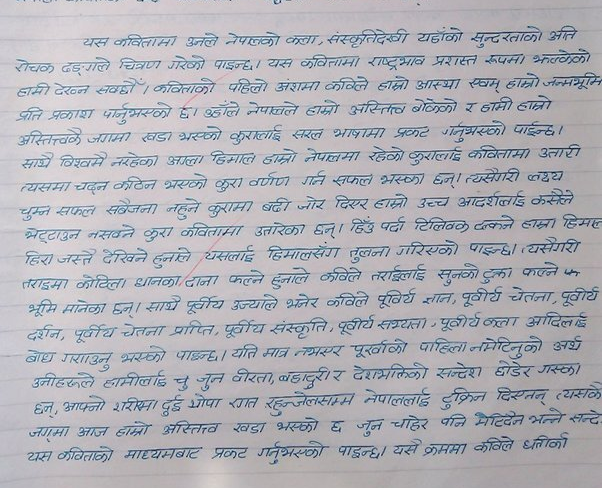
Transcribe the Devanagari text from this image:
यस कवितामा उनले नेपालको कला, संस्कृतिदेखी यहाँको सुन्दरताको अति
रोचक ढङ्‌गले चित्रण गरेको पाइन्छ । यस कवितामा राष्ट्रभाव प्रशस्त रूपमा झल्केको
हामी देख्न सक्छौं। कविताको पहिलो अंशमा कविले हाम्रो आस्था एवम् हाम्रो जन्मभूमि
प्रति प्रकाश पार्नुभएको छ। उहाँले नेपालले हाम्रो अस्तित्व बोकेको र हामी हाम्रो
अस्तित्वतके जगमा खडा भएको कुरालाई सरल भाषामा प्रकट गर्नुभएको पाईन्छ ।
साथै विश्वमै नरहेका आला हिमाल हाम्रो नेपालमा रहेको कुरालाई कवितामा उतारी
त्यसमा चढ्‌न कठिन भएको कुरा वर्णण गर्न सफल भएका छन्। त्यसैगरी लक्ष्य
चुम्न सफल सबैजना नहुने कुरामा बढी जोर दिएर हाम्रो उच्च आदर्शर्लाई कसैले
भेट्‌टाउन नसक्ने कुरा कवितामा उतारेका छन्। हिँउ पर्दा टिलिवक टल्कने हाम्रा हिमाल
हिरा जस्तै देखिने हुनाले यसलाई हिमालसँग तुलना गरिएको पाइन्छ। यसैगरी
तराइमा कोटिला धानका दाना फल्ने हुनाले कविले तराईलाई सुनको टुक्ता फल्ने फ
भूमि मानेका छन् । साथै पूर्वीय उज्याले भनेर कविले पूविर्य ज्ञान, पूवीर्य चेतना, पूवीर्य
दर्शन, पूर्वीय चेतना प्राप्ति, पूर्वीय संस्कृति, पूवीर्य सभ्यता, पूवीर्य कलता आदिलाई
बोध गराउनु भएको पाइन्छ । यति मात्र नभएर पूर्खाको पाहिला नमेटिनुको अर्थ
उनीहरूले हामीलाई चु जुन वीरता, बहादुरी र देशभक्तिको सन्देश छोडेर गएका
छन्, आफ्नो शरीरमा दुई थोपा रगत रहुन्जेलसम्म नेपाललाई टुक्रिन दिएनन् त्यसके
जगमा आज हाम्रो अस्तित्व खडा भएको छ जुन चाहेर पनि मेटिदैन भन्ने सन्दे
यस कविताको माध्यमबाट प्रकट गर्नुभएको पाइन्छ। यसै क्रममा कविले धतीर्ण